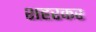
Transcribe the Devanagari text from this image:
शहरकर